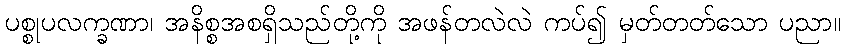
ပစ္စုပလက္ခဏာ၊ အနိစ္စအစရှိသည်တို့ကို အဖန်တလဲလဲ ကပ်၍ မှတ်တတ်သော ပညာ။